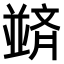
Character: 𫡀